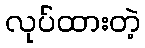
လုပ်ထားတဲ့